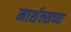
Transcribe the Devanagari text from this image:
मार्शल्सच्या